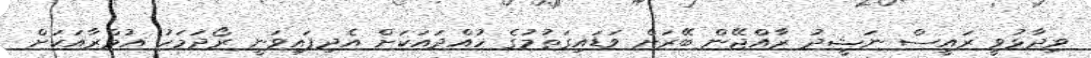
ވިދާޅުވީ ރައީސް ނަޝީދު ރާއްޖޭން ބޭރަށް ވަޑައިގަތުމުގެ ހުއްދައަކަށް އެދިފައިވަނީ ރޯދަމަހު އުމްރާއަކަށް